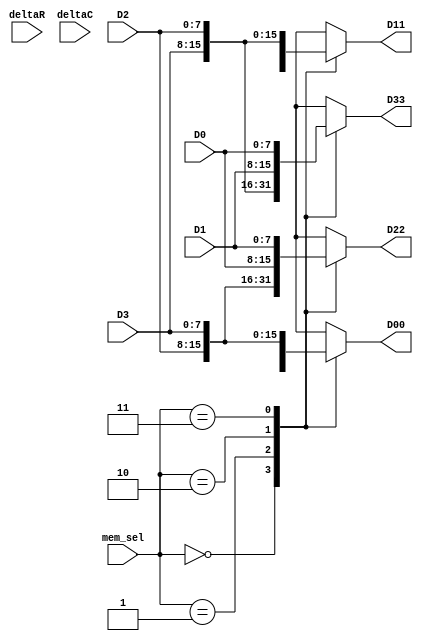
// -------------------------------------------------------------
// 
// 
// Generated by MATLAB 9.6 and HDL Coder 3.14
// 
// -------------------------------------------------------------


// -------------------------------------------------------------
// 
// Module: BirdEyeViewImproved_ip_src_Data_Mux
// Source Path: BirdEyeView_Bilinear_V1/IP_Core/Data_Mux
// Hierarchy Level: 1
// 
// -------------------------------------------------------------

`timescale 1 ns / 1 ns

module BirdEyeViewImproved_ip_src_Data_Mux
          (D0,
           D1,
           D2,
           D3,
           mem_sel,
           deltaR,
           deltaC,
           D00,
           D11,
           D22,
           D33);


  input   [7:0] D0;  // uint8
  input   [7:0] D1;  // uint8
  input   [7:0] D2;  // uint8
  input   [7:0] D3;  // uint8
  input   [1:0] mem_sel;  // ufix2
  input   signed [39:0] deltaR;  // sfix40_En29
  input   signed [50:0] deltaC;  // sfix51_En35
  output  [7:0] D00;  // uint8
  output  [7:0] D11;  // uint8
  output  [7:0] D22;  // uint8
  output  [7:0] D33;  // uint8


  reg [7:0] D00_1;  // uint8
  reg [7:0] D11_1;  // uint8
  reg [7:0] D22_1;  // uint8
  reg [7:0] D33_1;  // uint8


  always @(D0, D1, D2, D3, mem_sel) begin
    case ( mem_sel)
      2'b00 :
        begin
          D00_1 = D0;
          D11_1 = D1;
          D22_1 = D2;
          D33_1 = D3;
        end
      2'b01 :
        begin
          D00_1 = D1;
          D11_1 = D0;
          D22_1 = D3;
          D33_1 = D2;
        end
      2'b10 :
        begin
          D00_1 = D2;
          D11_1 = D3;
          D22_1 = D0;
          D33_1 = D1;
        end
      2'b11 :
        begin
          D00_1 = D3;
          D11_1 = D2;
          D22_1 = D1;
          D33_1 = D0;
        end
      default :
        begin
          D00_1 = 8'd0;
          D11_1 = 8'd0;
          D22_1 = 8'd0;
          D33_1 = 8'd0;
        end
    endcase
    // deltaRC_3 = deltaR*deltaC;
    // deltaRC_2 = deltaR - deltaRC_3;
    // deltaRC_1 = deltaC - deltaRC_3;
    // deltaRC_0 = 1-deltaR-deltaC+deltaRC_3;
    // 
    // Data_interp = D00*deltaRC_0 + D11*deltaRC_1 +D22*deltaRC_2 +D33*deltaRC_3;
    // Data_interp = D11*(1-deltaR) + D33*(deltaR);
    // Data_interp = D00*(1-deltaR) + D22*(deltaR);
    // Data_interp = D00*(1-deltaC) + D11*(deltaC);
    // Data_interp = D22*(1-deltaC) + D33*(deltaC);
    // Data_interp = D00;
    // Data_Out = fi(Data_interp,0,8,0);
  end



  assign D00 = D00_1;

  assign D11 = D11_1;

  assign D22 = D22_1;

  assign D33 = D33_1;

endmodule  // BirdEyeViewImproved_ip_src_Data_Mux